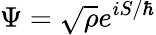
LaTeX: \Psi={\sqrt{\rho}}e^{iS/\hbar}